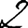
Digit: 2